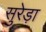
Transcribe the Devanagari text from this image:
सुरेड़ा